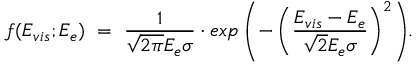
{ \displaystyle f ( E _ { v i s } ; E _ { e } ) ~ = ~ { \frac { 1 } { \sqrt { 2 \pi } E _ { e } \sigma } } \cdot e x p \left( - \left( { \frac { E _ { v i s } - E _ { e } } { \sqrt { 2 } E _ { e } \sigma } } \right) ^ { 2 } \right) } .